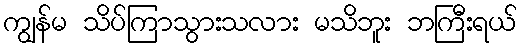
ကျွန်မ သိပ်ကြာသွားသလား မသိဘူး ဘကြီးရယ်